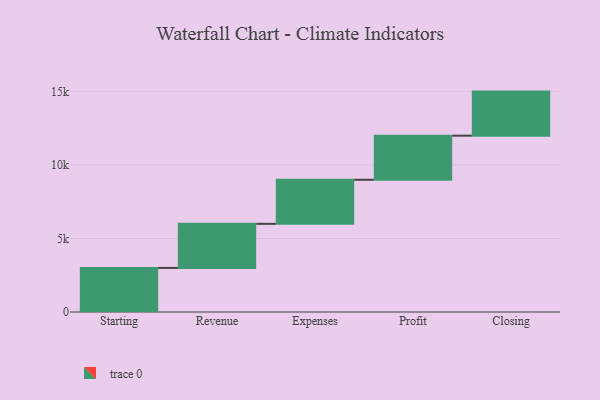
{"axis": {"x": "Step", "y": "Value"}, "legend": [""], "data": [{"x": "Starting", "y": 3000, "type": ""}, {"x": "Revenue", "y": 3000, "type": ""}, {"x": "Expenses", "y": 3000, "type": ""}, {"x": "Profit", "y": 3000, "type": ""}, {"x": "Closing", "y": 3000, "type": ""}]}